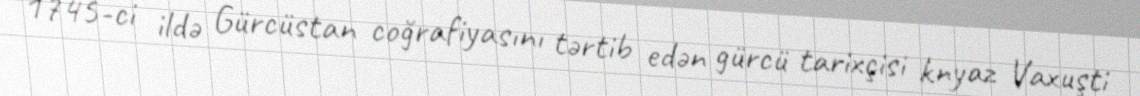
1745-ci ildə Gürcüstan coğrafiyasını tərtib edən gürcü tarixçisi knyaz Vaxuşti